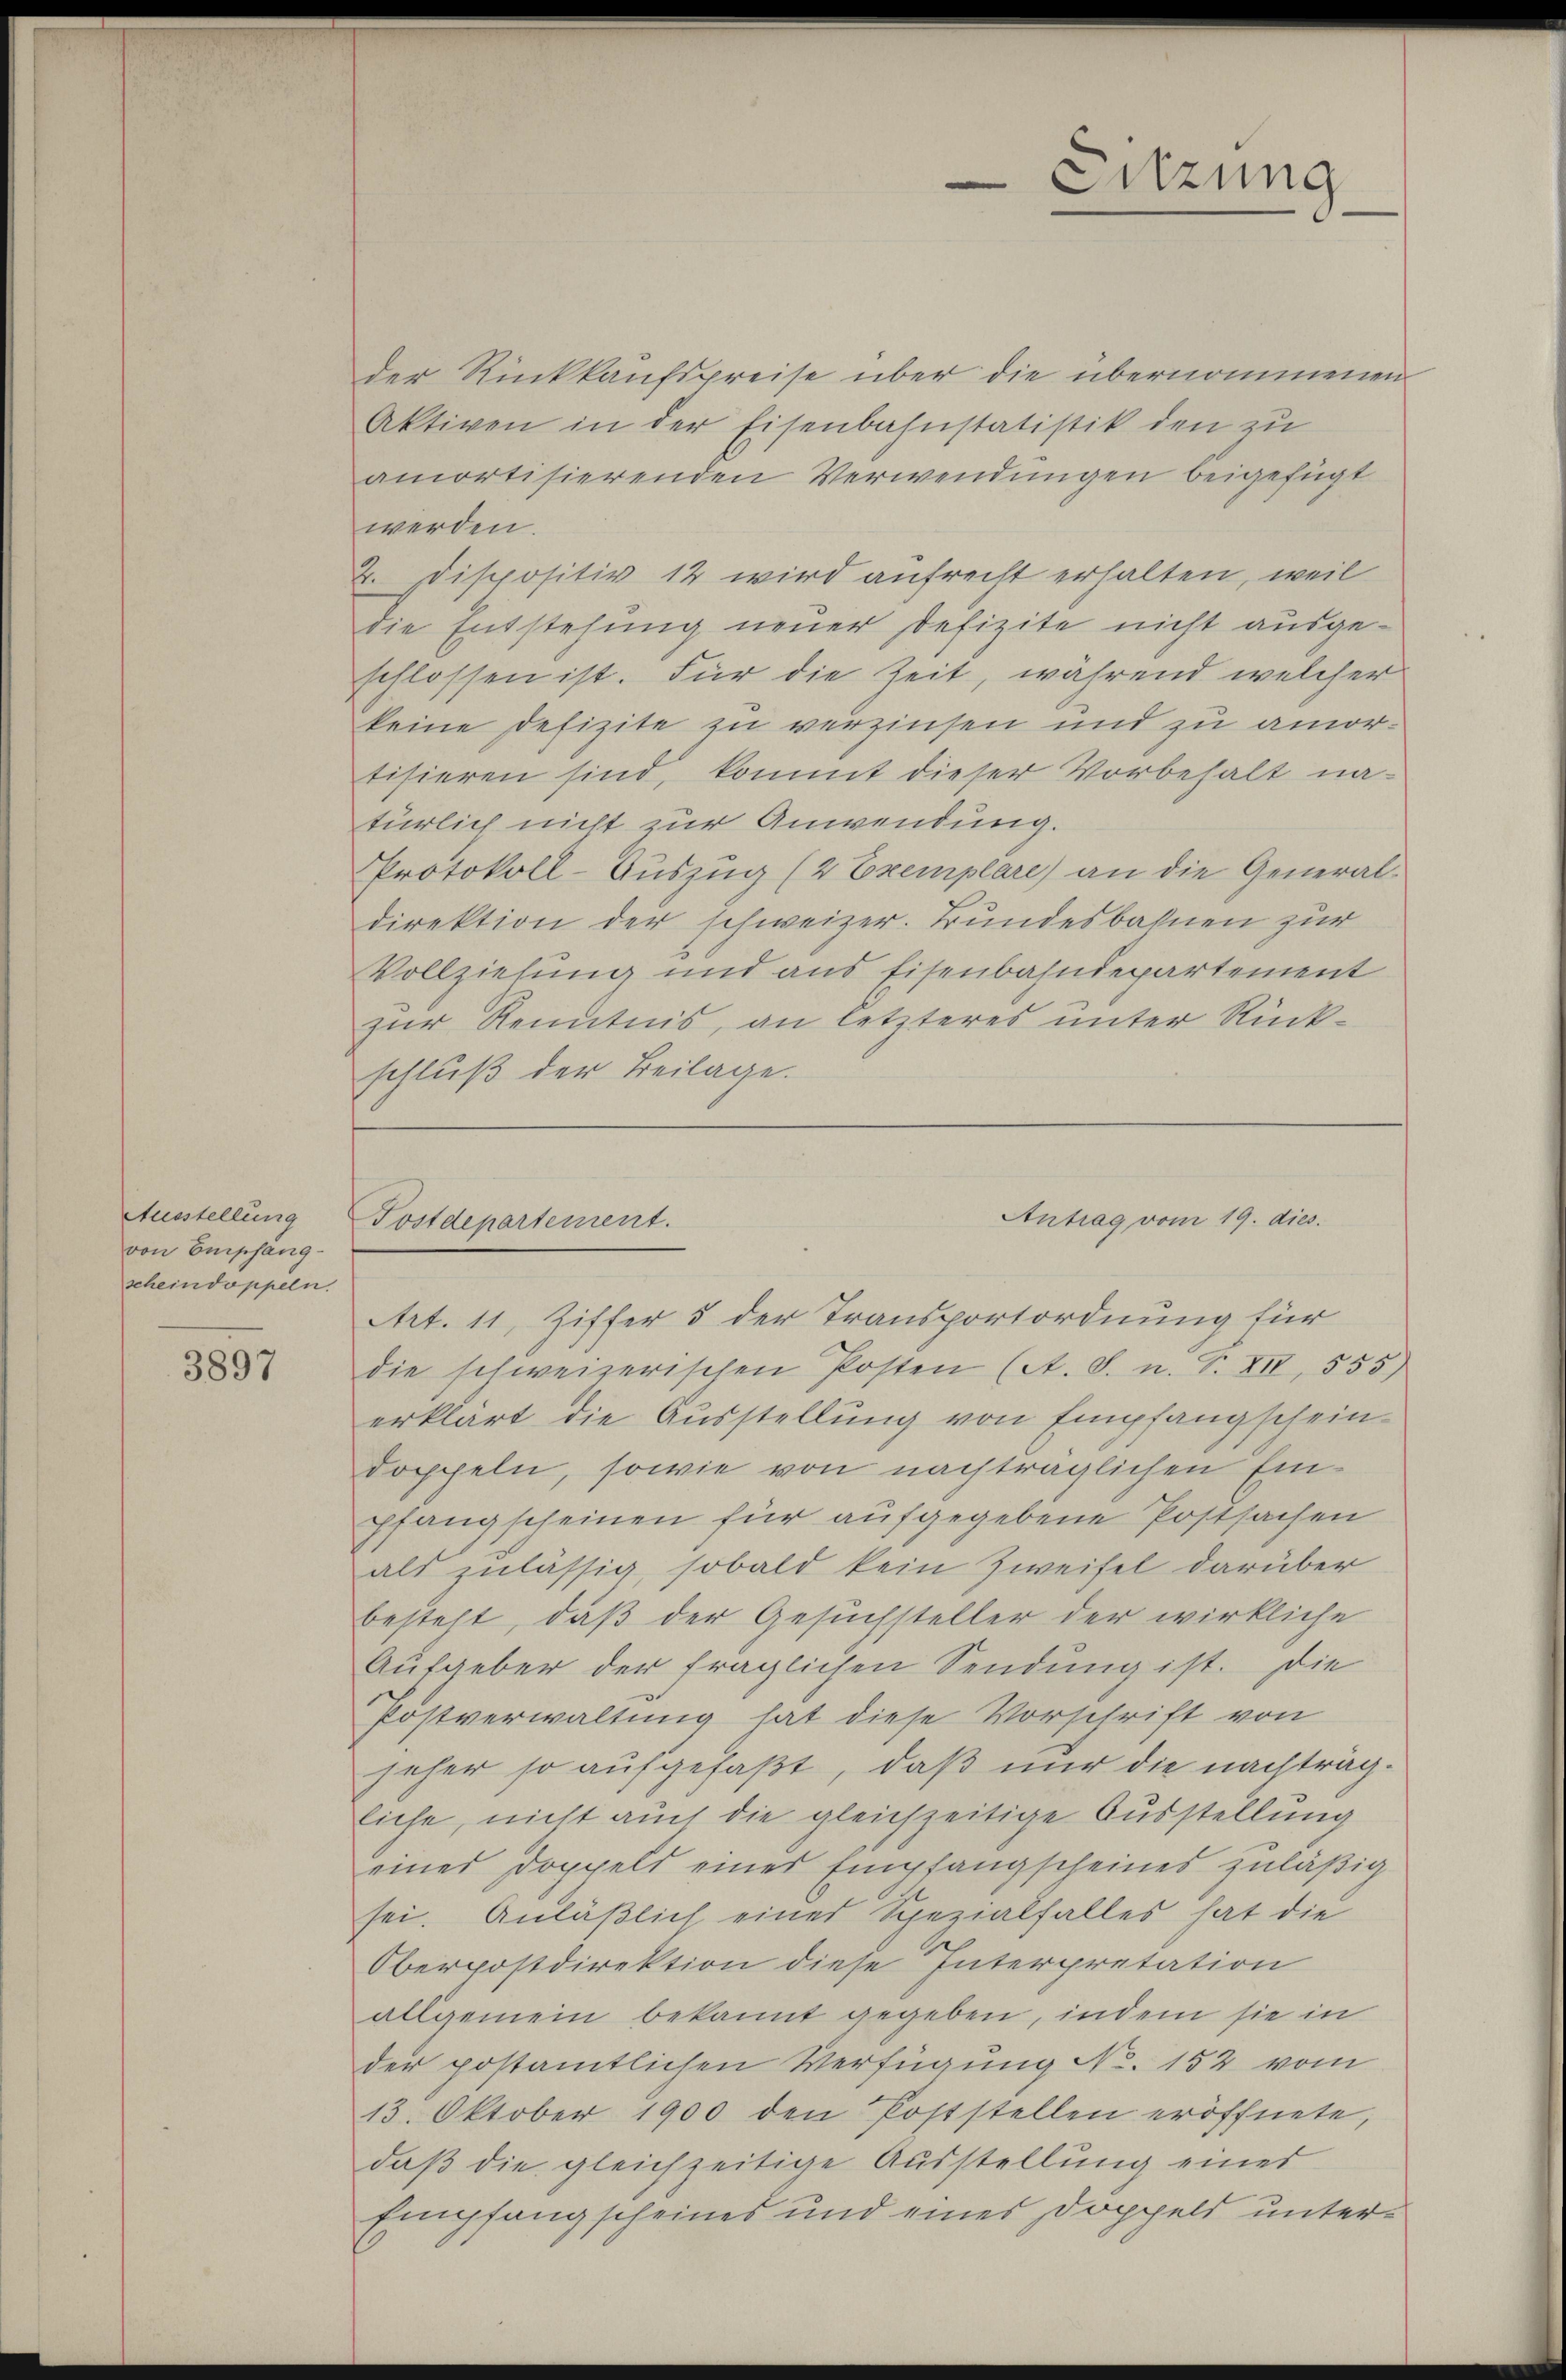
Ausstellung
von Empfang
schein doppeln.

3897

der Rückkaufspreise über die übernommenen
Aktiven in der Eisenbahnstatistik den zu
amortisierenden Verwendungen beigefügt
werden.
2. Dispositiv 12 wird aufrecht erhalten, weil
Die Entstehung neuer Defizite nicht ausgeschlossen ist. Für die Zeit, während welcher
keine Defizite zu verzinsen und zu amortisieren sind, kommt dieser Vorbehalt na-
türlich nicht zur Anwendung.
Protokoll-Auszug (2 Exemplare) an die Generaldirektion der schweizer. Bundesbahnen zur
Vollziehung und aus Eisenbahndepartement
zur Kenntnis, an letzteres unter Rückschluß der Beilage.

Postdepartement.

Art. 11, Ziffer 5 der Transportordnung für
die schweizerischen Posten (A. S. u. S. XII, 555)
erklärt die Ausstellung von Empfangschein
doppeln, sowie von nachträglichen Einpfangscheinen für aufgegebene Postsachen
als zulässig, sobald kein Zweifel darüber
besteht, daß der Gesuchsteller der wirkliche
Aufgeber der fraglichen Sendung ist. Die
Postverwaltung hat diese Vorschrift von
jeher so aufgefaßt, daß nur die nachträgliche, nicht auch die gleichzeitige Ausstellung
eines Doppeld eines Empfangscheines zuläßig
sei. Anläßlich eines Spezialfalles hat die
Oberpostdirektion diese Interpretation
allgemein bekannt gegeben, indem sie in
der postamtlichen Verfügung No. 152 vom
13. Oktober 1900 den Poststellen eröffnete,
daß die gleichzeitige Ausstellung eines
Empfangscheines und eines Doppeld unter¬

Sitzung

Antrag vom 19. dies.